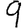
Digit: 9